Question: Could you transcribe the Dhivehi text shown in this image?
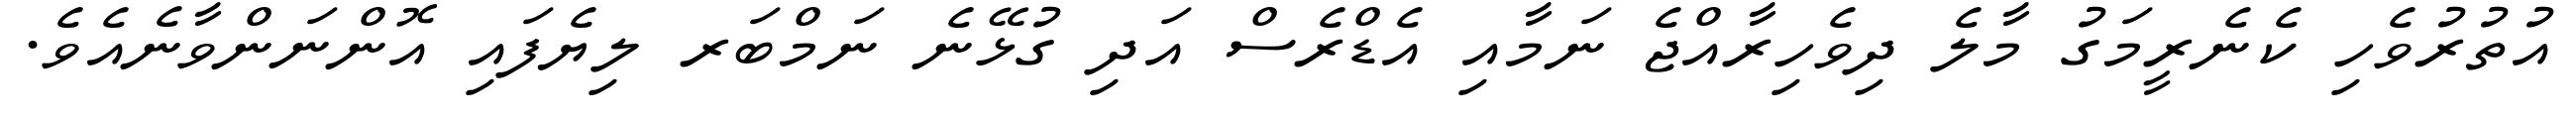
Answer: އުތުރުވެހި ކެނެރީމަގު މާލެ ދިވެހިރާއްޖެ ނަމާއި އެޑްރެސް އަދި ގުޅޭނެ ނަމްބަރ ލިޔެފައި އޮންނަންވާނެއެވެ.